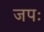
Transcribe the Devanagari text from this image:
जपः